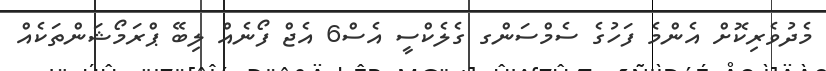
މެދުވެރިކޮށް އެންމެ ފަހުގެ ސެމްސަންގ ގެލެކްސީ އެސް6 އެޖް ފޯނެއް ލިބޭ ޕްރަމޯޝަންތަކެއް